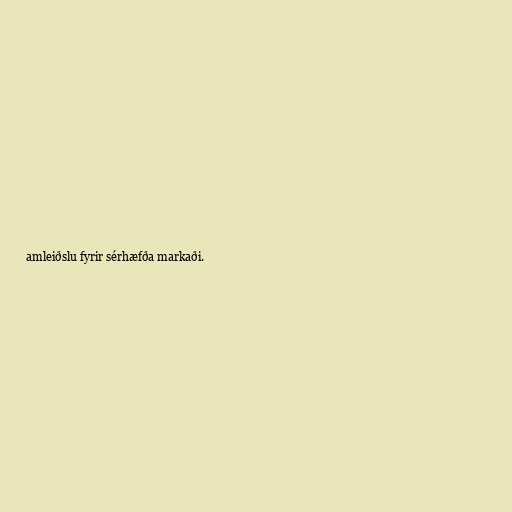
amleiðslu fyrir sérhæfða markaði.